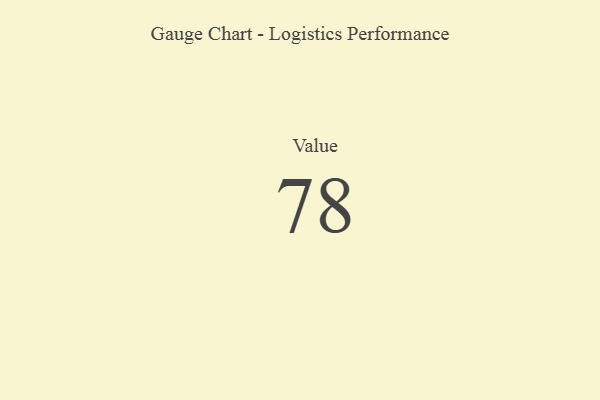
{"axis": {"x": "Metric", "y": "Value"}, "legend": [""], "data": [{"x": "Value", "y": 78, "type": ""}]}